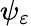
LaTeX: \psi_{\varepsilon}